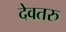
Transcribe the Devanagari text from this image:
देवतरु